Indian journal of veterinary science and animal husbandry - Volume 2,
Year: 1932
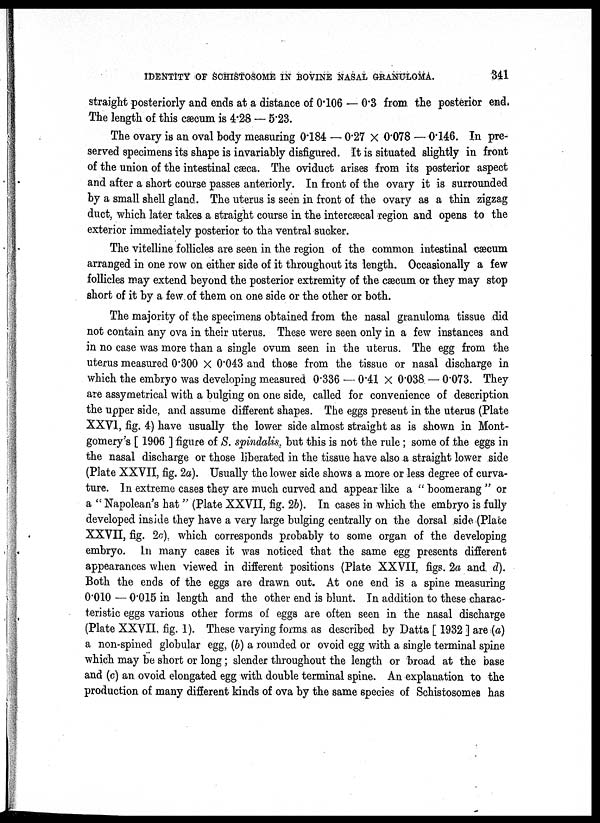
IDENTITY OF SCHISTOSOME IN BOVINE NASAL GRANULOMA.
341
straight posteriorly and ends at a distance of 0.106 — 0.3 from the posterior end.
The length of this cæcum is 4.28 — 5.23.
The ovary is an oval body measuring 0.184 — 0.27 × 0.078 — 0.146. In pre-
served specimens its shape is invariably disfigured. It is situated slightly in front
of the union of the intestinal cæca. The oviduct arises from its posterior aspect
and after a short course passes anteriorly. In front of the ovary it is surrounded
by a small shell gland. The uterus is seen in front of the ovary as a thin zigzag
duct, which later takes a straight course in the intercæcal region and opens to the
exterior immediately posterior to the ventral sucker.
The vitelline follicles are seen in the region of the common intestinal cæcum
arranged in one row on either side of it throughout its length. Occasionally a few
follicles may extend beyond the posterior extremity of the cæcum or they may stop
short of it by a few of them on one side or the other or both.
The majority of the specimens obtained from the nasal granuloma tissue did
not contain any ova in their uterus. These were seen only in a few instances and
in no case was more than a single ovum seen in the uterus. The egg from the
uterus measured 0.300 × 0.043 and those from the tissue or nasal discharge in
which the embryo was developing measured 0.336 — 0.41 × 0.038 — 0.073. They
are assymetrical with a bulging on one side, called for convenience of description
the upper side, and assume different shapes. The eggs present in the uterus (Plate
XXVI, fig. 4) have usually the lower side almost straight as is shown in Mont-
gomery's [ 1906 ] figure of S. spindalis, but this is not the rule; some of the eggs in
the nasal discharge or those liberated in the tissue have also a straight lower side
(Plate XXVII, fig. 2a). Usually the lower side shows a more or less degree of curva-
ture. In extreme cases they are much curved and appear like a " boomerang " or
a " Napolean's hat" (Plate XXVII, fig. 26). In cases in which the embryo is fully
developed inside they have a very large bulging centrally on the dorsal side (Plate
XXVII, fig. 2c), which corresponds probably to some organ of the developing
embryo. In many cases it was noticed that the same egg presents different
appearances when viewed in different positions (Plate XXVII, figs. 2a and. d).
Both the ends of the eggs are drawn out. At one end is a spine measuring
0.010 — 0.015 in length and the other end is blunt. In addition to these charac-
teristic eggs various other forms of eggs are often seen in the nasal discharge
(Plate XXVII, fig. 1). These varying forms as described by Datta [ 1932 ] are (a)
a non-spined globular egg, (b) a rounded or ovoid egg with a single terminal spine
which may be short or long; slender throughout the length or broad at the base
and (c) an ovoid elongated egg with double terminal spine. An explanation to the
production of many different kinds of ova by the same species of Schistosomes has